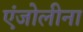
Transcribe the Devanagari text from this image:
एंजोलीना